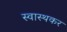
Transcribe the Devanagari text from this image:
स्वास्थकर